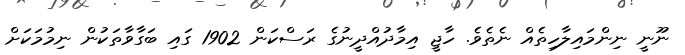
ނޫނީ ނިންމައިލާހިތެއް ނެތެވެ. ހާޖީ އިމާދުއްދީނުގެ ރަސްކަން 1902 ގައި ބަގާވާތަކުން ނިމުމަކަށް